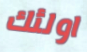
اولئك